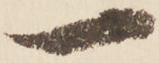
一